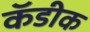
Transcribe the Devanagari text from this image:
कॅडीक